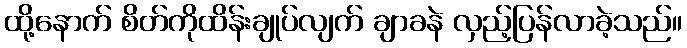
ထို့နောက် စိတ်ကိုထိန်းချုပ်လျက် ချာခနဲ လှည့်ပြန်လာခဲ့သည်။